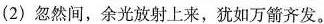
(2)忽然间，余充放射上来，犹如万箭齐发。